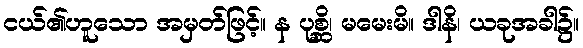
ငယ်၏ဟူသော အမှတ်ဖြင့်။ န ပုစ္ဆိ၊ မမေးမိ။ ဒါနိ၊ ယခုအခါ၌။